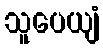
သူပေယျံ